Annual report of the Civil Veterinary Department, Bengal, for the year 1897-98 - 1897-1898
Year: 1897
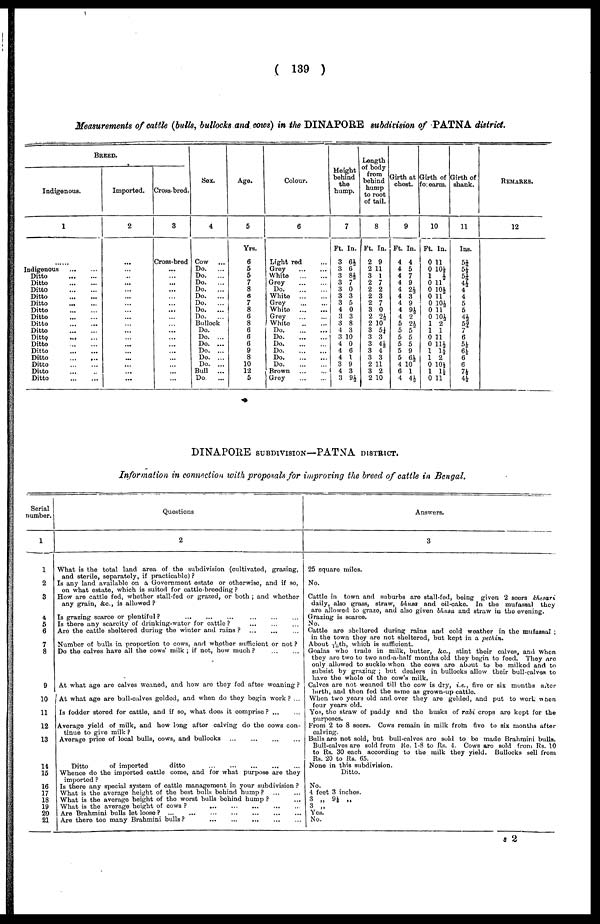
( 139 )
Measurements of cattle (bulls, bullocks and cows) in the DINAPORE subdivision of PATNA district.
BREED.
Indigenous.
1
......
Indigenous
...
...
Ditto
...
...
Ditto
...
...
Ditto
...
...
Ditto
...
...
Ditto
...
...
Ditto
...
...
Ditto
...
...
Ditto
...
...
Ditto
...
...
Ditto
...
...
Ditto
...
...
Ditto
...
...
Ditto
...
...
Ditto
...
...
Ditto ... ...
Ditto
...
...
Imported.
2
...
...
...
...
...
...
...
...
...
...
...
...
...
...
...
...
...
Cross-bred.
3
Cross-bred
...
...
... ...
...
... ...
...
...
...
... ...
...
...
...
...
...
Sex,
4
Cow ...
Do.
...
Do.
...
Do.
...
Do.
...
Do.
...
Do.
...
Do.
...
Do.
...
Bullock
Do. ...
Do. ...
Do. ...
Do. ...
Do. ...
Do. ...
Bull
...
Do.
...
Age.
5
Yrs.
6
5
5
7
8
6
7
8
6
8
6
6
6
9
8
10
12
5
Colour.
6
Light red ...
Grey
...
...
White
...
...
Grey ... ...
Do
....
...
White
...
...
Grey ... ...
White
...
...
Grey ... ...
White
...
...
Do. ... ...
Do. ... ...
Do. ... ...
Do
.
...
...
Do. ... ...
Do. ... ...
Brown
...
...
Grey
...
...
Height
behind
the
hump.
7
Ft. In.
3 6½
3 6
3 8½
3 7
3 0
3 3
3 5
4 0
3 3
3 8
4 3
3 10
4 0
4 6
4 1
3 9
4 3
3 9½
Length
of body
from
behind
hump
to root
of tail.
8
Ft. In.
2 9
2 11
3 1
2 7
2 2
2 3
2 7
3 0
2 2½
2 10"
3 5¼
3 3
3 4½
3 4
3 3
2 11
3 2
2 10
Girth at
chest.
9
Ft. In.
4 4
4 5
4 7
4 9
4 2½
4 3
4 9
4 9½
4 2
5 2½
5 5
5 5
5 5
5 9
5 6½
4 10
6 1
4 4½
Girth of
forearm.
10
Ft. In.
0 11
0 10½
1 ½
0 11
0 10½
0 11
0 10½
0 11
0 10½
1 2
1 1
0 11
0 11½
1 1½
1 2
0 10½
1 1½
0 11
Girth of
shank.
11
Ins.
5¼
5½
5¼
4½ 4
4
5
5
4½
5¾
7
6
5½
6½
6
6
7k
4½
REMARKS.
12
DINAPORE SUBDIVISION—PATNA DISTRICT.
Information in connection with proposals for improving the breed of cattle in Bengal.
Serial
number.
1
1
2
3
4
5
6
7
8
9
10
11
12
13
14
15
16
17
18
19
20
21
Questions
2
What is the total land area of the subdivision (cultivated, grazing,
and sterile, separately, if practicable) ?
Is any land available on a Government estate or otherwise, and if so,
on what estate, which is suited for cattle-breeding ?
How are cattle fed, whether stall-fed or grazed, or both ; and whether
any grain, &c., is allowed ?
Is grazing scarce or plentiful?
Is there any scarcity of drinking-water for cattle?
...
...
...
Are the cattle sheltered during the winter and rains? ... ... ...
Number of bulls in proportion to cows, and whether sufficient or not ?
Do the calves have all the cows' milk ; if not, how much ?
...
...
At what age are calves weaned, and how are they fed after weaning ?
At what age are bull-calves gelded, and when do they begin work? ...
Is fodder stored for cattle, and if so, what does it comprise?
...
...
Average yield of milk, and how long after calving do the cows con-
tinue to give milk ?
Average price of local bulls, cows, and bullocks
...
...
...
...
Ditto
of imported
ditto
...
...
...
...
...
...
Whence do the imported cattle come, and for what purpose are they
imported ?
Is there any special system of cattle management in your subdivision ?
What is the average height of the best bulls behind hump?
...
...
What is the average height of the worst bulls behind hump ? ...
What is the average height of cows ? ... ... ... ... ...
Are Brahmini bulls let loose ? ... ... ... ... ... ...
Are there too many Brahmini bulls?
...
...
...
...
...
...
Answers,
3
25 square miles.
No.
Cattle in town and suburbs are stall-fed, being given 2 seers khesari
daily, also grass, straw, bhusa and oil-cake. In the mufassal they
are allowed to graze, and also given bhusa and straw in the evening.
Grazing is scarce.
No.
Cattle are sheltered during rains and cold weather in the mufassal :
in the town they are not sheltered, but kept in a pethin.
About 1/10th, which is sufficient.
Goalas who trade in milk, butter, &c, stint their calves, and when
they are two to two and-a-half months old they begin to feed. They are
only allowed to suckle when the cows are about to be milked and to
subsist by grazing ; but dealers in bullocks allow their bull-calves to
have the whole of the cow's milk.
Calves are not weaned till the cow is dry, i.e., five or six months after
birth, and then fed the same as grown-up cattle.
When two years old and over they are gelded, and put to work when
four years old.
Yes, the straw of paddy and the husks of rabi crops are kept for the
purposes.
From 2 to 8 seers. Cows remain in milk from five to six months after
calving.
Bulls are not sold, but bull-calves are sold to bo made Brahmini bulls.
Bull-calves are sold from Re. 1-8 to Rs. 4. Cows are sold from Rs. 10
to Rs. 30 each according to the milk they yield. Bullocks sell from
Rs. 20 to Rs. 65.
None in this subdivision.
Ditto.
No.
4 feet 3 inches.
3 „
9½ „
3 „
Yes.
No.
8 2